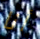
أنا